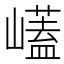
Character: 𭗡